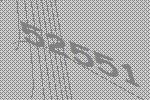
52551